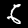
Label: 6